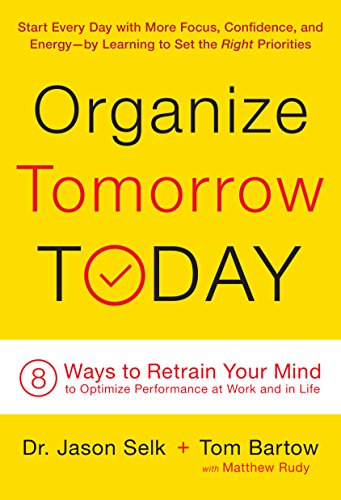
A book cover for Organize Tomorrow Today: 8 Ways to Retrain Your Mind to Optimize Performance at Work and in Life; Jason Selk; Self-Help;